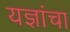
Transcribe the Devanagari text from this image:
यज्ञांचा